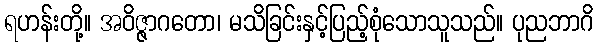
ရဟန်းတို့။ အဝိဇ္ဇာဂတော၊ မသိခြင်းနှင့်ပြည့်စုံသောသူသည်။ ပုညဘာဂိ